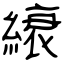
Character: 縗